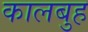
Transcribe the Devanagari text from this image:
कालबुह